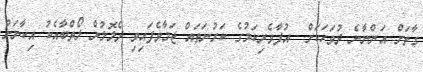
ގާތަށް އަންނާނެ ދުވަހަކަށް  އުފާވެރިކަމުގެ ކަރުނަތައް ޖަމާވެފައިވި ދެލޮލުން ލޯތްބާއެކު އިކާނަށް